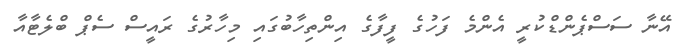
އޭނާ ސަސްޕެންޑްކުރީ އެންމެ ފަހުގެ ފީފާގެ އިންތިހާބުގައި މިހާރުގެ ރައީސް ސެޕް ބްލެޓާއާ